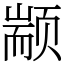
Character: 颛